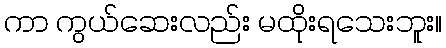
ကာ ကွယ်ဆေးလည်း မထိုးရသေးဘူး။